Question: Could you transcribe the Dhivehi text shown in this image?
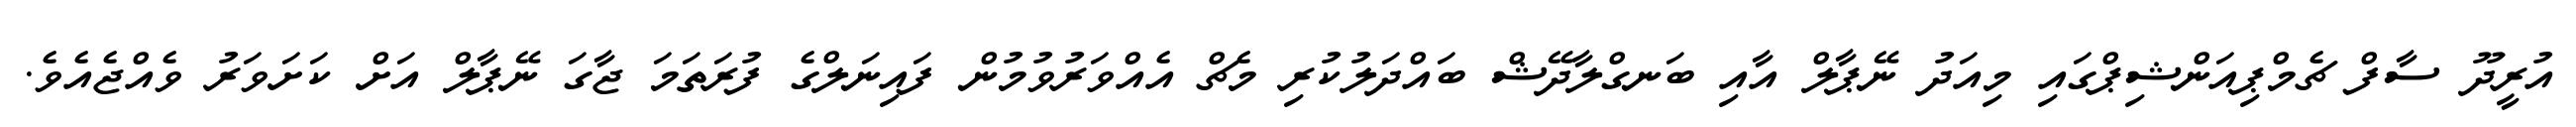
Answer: އުރީދޫ ސާފް ޗެމްޕިއަންޝިޕްގައި މިއަދު ނޭޕާލް އާއި ބަނގްލާދޭޝް ބައްދަލުކުރި މެޗް އެއްވަރުވުމުން ފައިނަލްގެ ފުރަތަމަ ޖާގަ ނޭޕާލް އަށް ކަށަވަރު ވެއްޖެއެވެ.